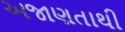
અજાણતાથી